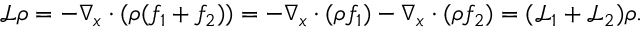
\mathcal { L } \rho = - \nabla _ { x } \cdot ( \rho ( f _ { 1 } + f _ { 2 } ) ) = - \nabla _ { x } \cdot ( \rho f _ { 1 } ) - \nabla _ { x } \cdot ( \rho f _ { 2 } ) = ( \mathcal { L } _ { 1 } + \mathcal { L } _ { 2 } ) \rho .